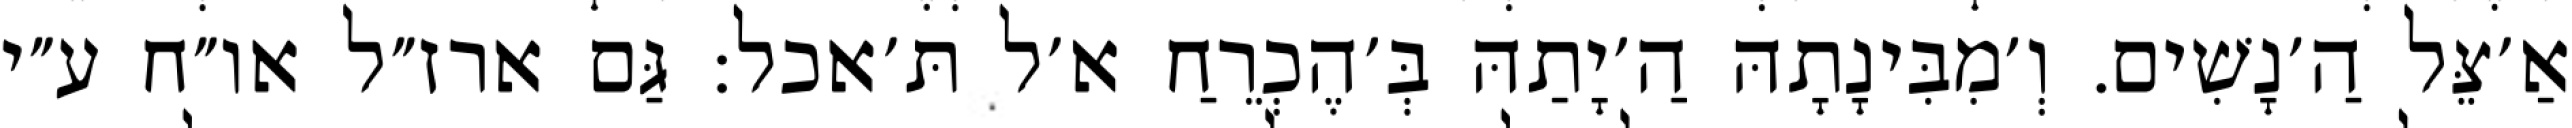
אַ׳צֵּל הַ׳נָשִׁים. וְ׳מִבִּינָתָהּ הַ׳יָתַהּ בְּ׳הֶכְרֵחַ א׳ל תּ׳אכל: גַּם ארז״ל או״ח ע״י